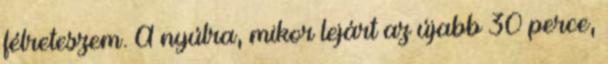
félreteszem. A nyúlra, mikor lejárt az újabb 30 perce,